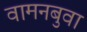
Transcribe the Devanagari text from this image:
वामनबुवा